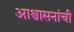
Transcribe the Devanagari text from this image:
आश्वासनांची